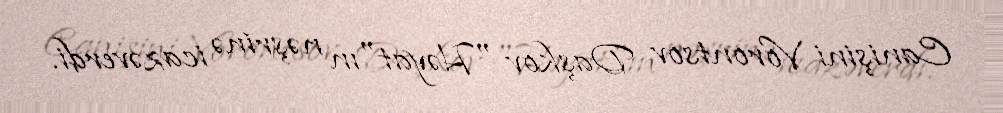
Canişini Vorontsov Daşkov "Həyat"ın nəşrinə icazəverdi.